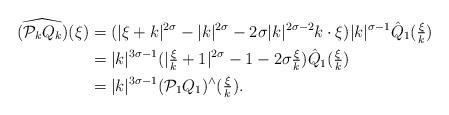
LaTeX: \begin{align*}\widehat{(\mathcal{P}_k Q_k)}(\xi)&=(|\xi+k|^{2\sigma}-|k|^{2\sigma}-2\sigma |k|^{2\sigma-2}k\cdot\xi) |k|^{\sigma-1}\hat{Q}_1(\tfrac{\xi}{k})\\&=|k|^{3\sigma-1}(|\tfrac{\xi}{k}+1|^{2\sigma}-1-2\sigma\tfrac{\xi}{k})\hat{Q}_1(\tfrac{\xi}{k})\\&=|k|^{3\sigma-1} (\mathcal{P}_1Q_1)^\wedge(\tfrac{\xi}{k}).\end{align*}